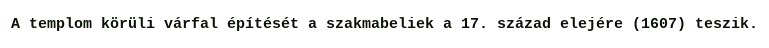
A templom körüli várfal építését a szakmabeliek a 17. század elejére (1607) teszik.